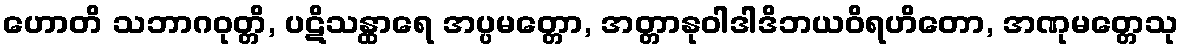
ဟောတိ သဘာဂဝုတ္တိ, ပဋိသန္ထာရေ အပ္ပမတ္တော, အတ္တာနုဝါဒါဒိဘယဝိရဟိတော, အဏုမတ္တေသု